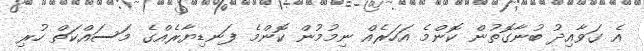
އެ ގަވާއިދު ބުނާގޮތުން ކޮންމެ އަހަރެއް ނިމުމުން ކޮންމެ ފަނޑިޔާރެއްގެ މަސައްކަތް ހުރި